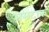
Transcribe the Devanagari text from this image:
असटाक